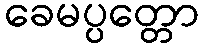
ခေမပ္ပတ္တော